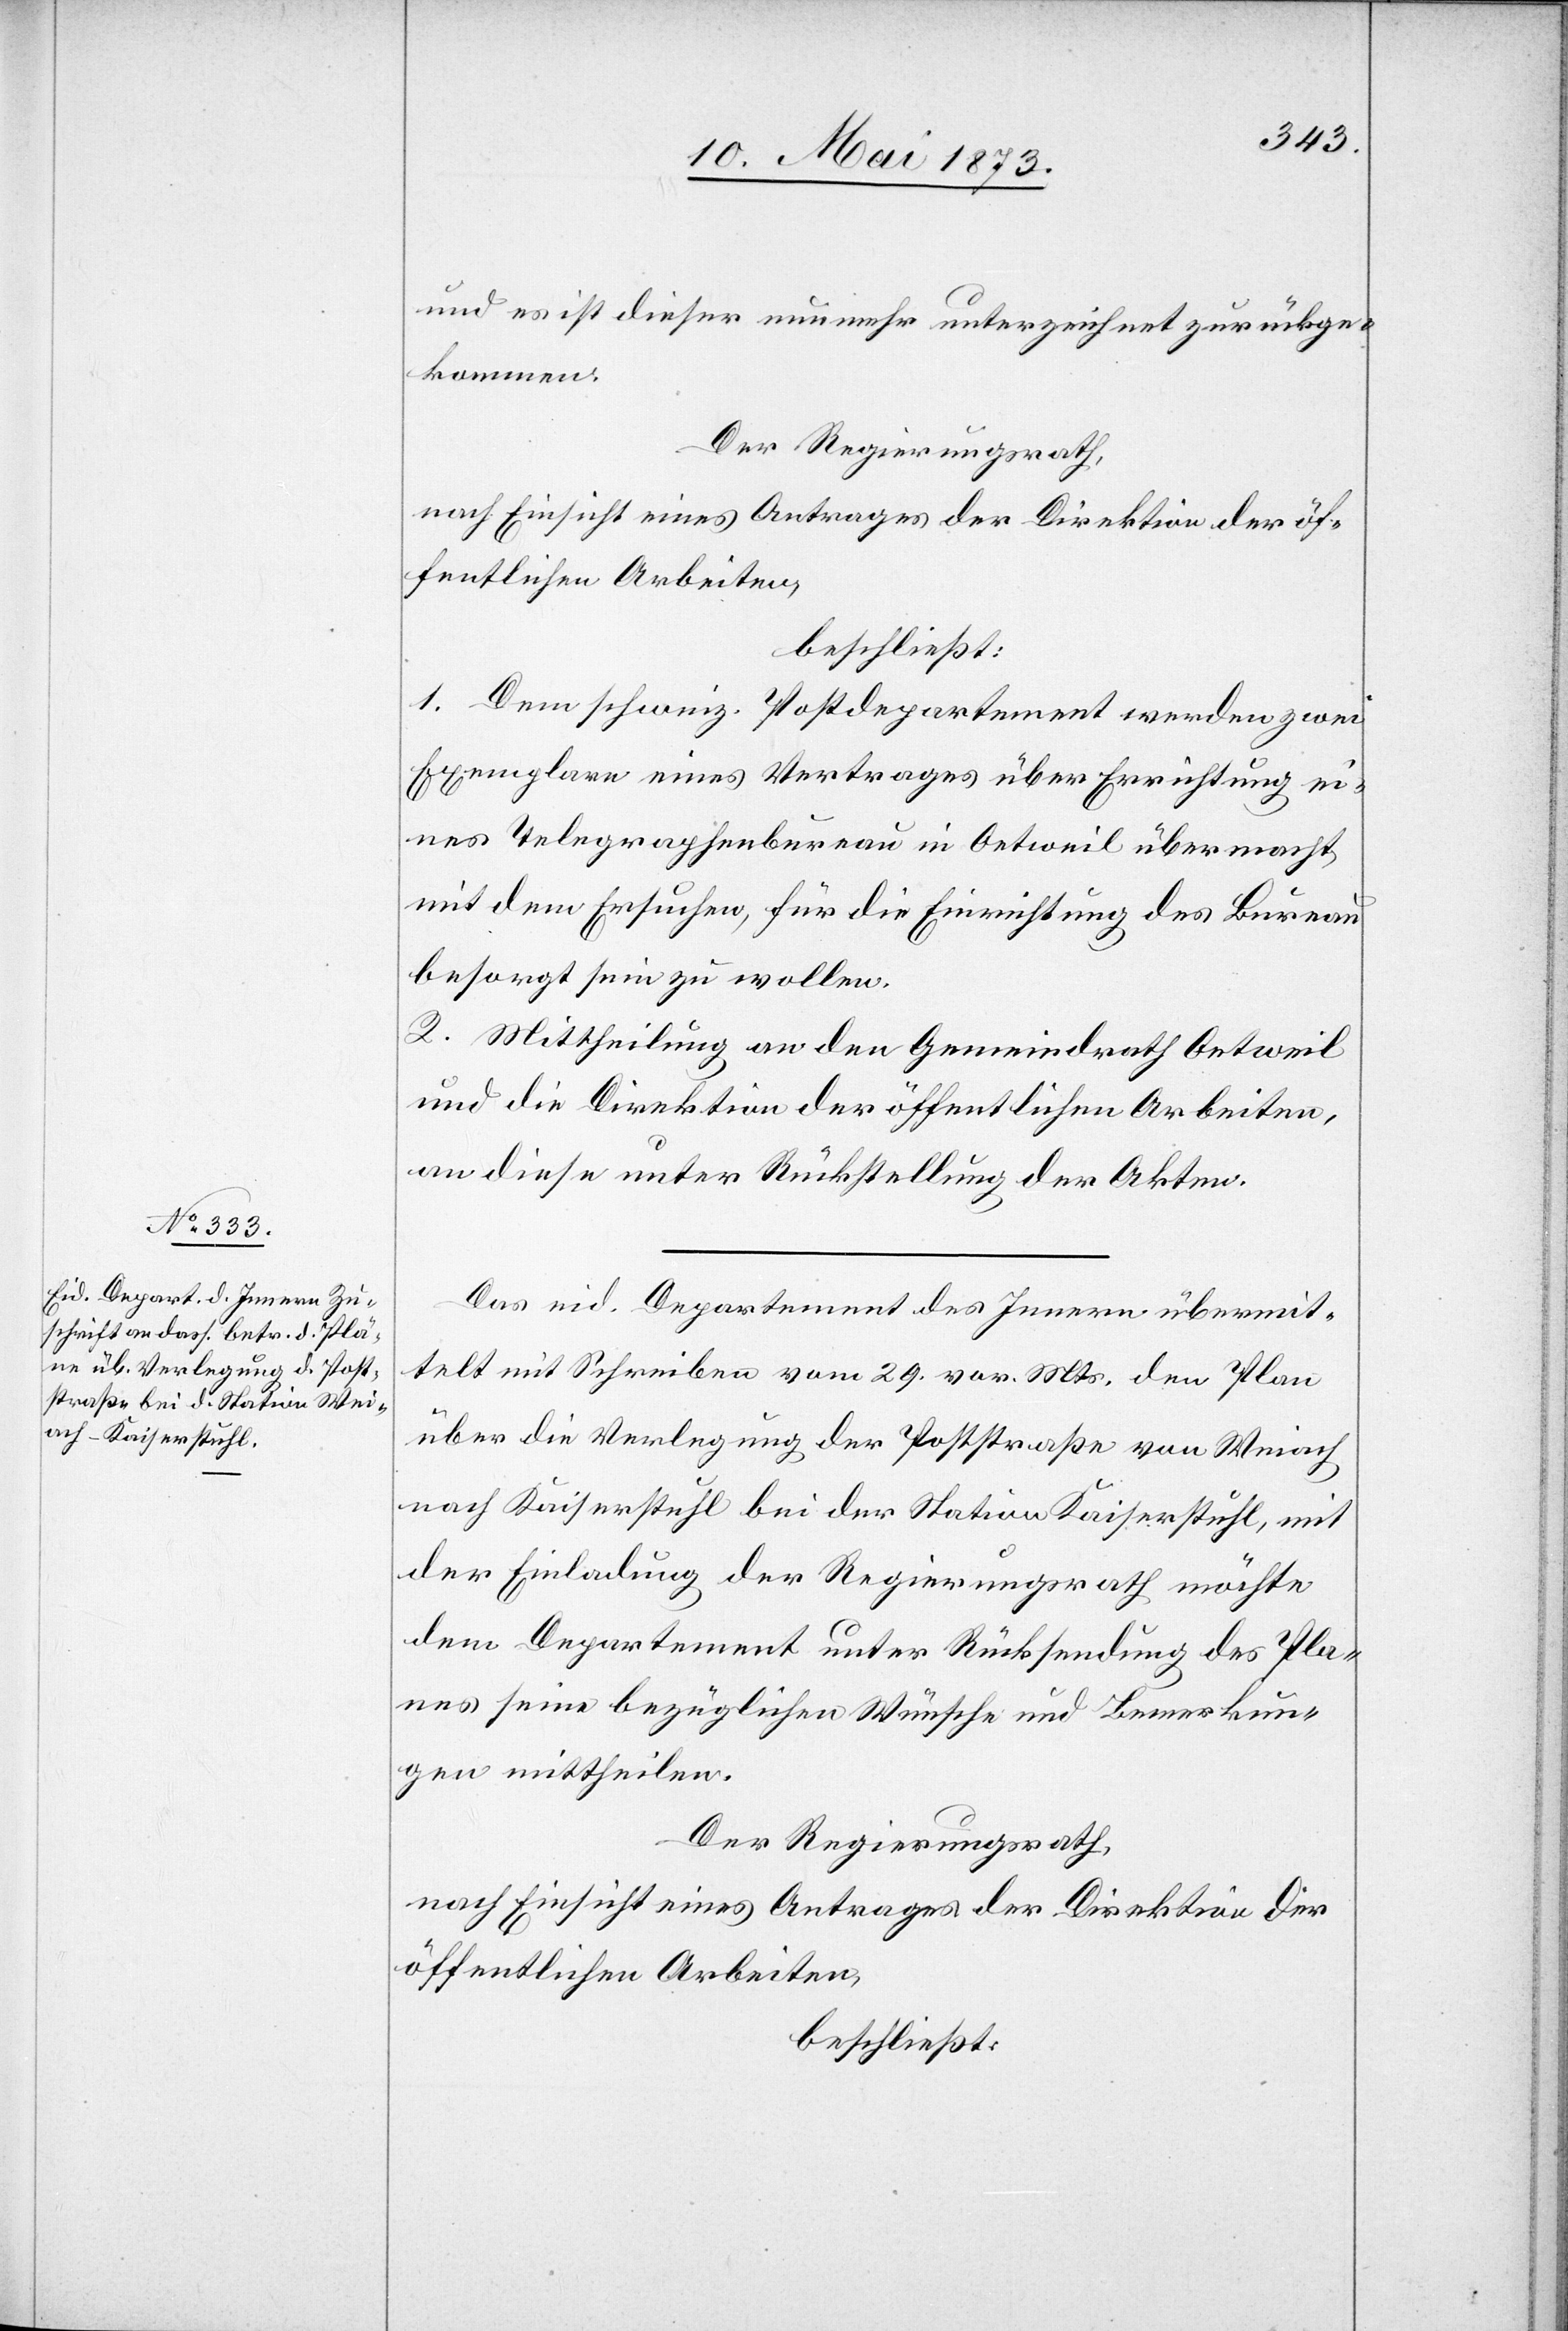
und es ist dieser nunmehr unterzeichnet zurückge¬
kommen.
Der Regierungsrath,
nach Einsicht eines Antrages der Direktion der öf¬
fentlichen Arbeiten,
beschließt:
1. Dem schweiz. Postdepartement werden zwei
Exemplare eines Vertrages über Errichtung ei¬
nes Telegraphenbureau in Oetweil übermacht,
mit dem Ersuchen, für die Einrichtung des Bureau
besorgt sein zu wollen.
2. Mittheilung an den Gemeindrath Oetweil
und die Direktion der öffentlichen Arbeiten,
an diese unter Rückstellung der Akten.
Das eid. Departement des Innern übermit¬
telt mit Schreiben vom 29. vor. Mts. den Plan
über die Verlegung der Poststraße von Weiach
nach Kaiserstuhl bei der Station Kaiserstuhl, mit
der Einladung der Regierungsrath möchte
dem Departement unter Rücksendung des Pla¬
nes seine bezüglichen Wünsche und Bemerkun¬
gen mittheilen.
Der Regierungsrath,
nach Einsicht eines Antrages der Direktion der
öffentlichen Arbeiten,
beschließt: